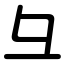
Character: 彑